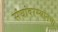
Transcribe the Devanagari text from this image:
संघांदरम्यानचा